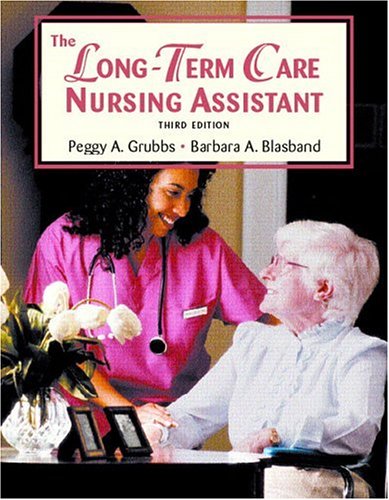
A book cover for The Long Term Care Nursing Assistant (3rd Edition); Peggy A. Grubbs RN  BSN; Self-Help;